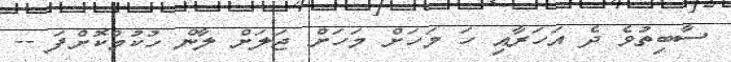
ސާބިތުވެ ދެ އަހަރާއި ހަ މަހަށް މަހަށް ޖަލަށް ލާން ހުކުމްކޮށްފަ --